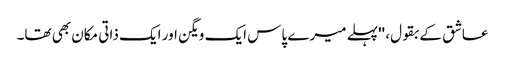
عاشق کے بقول، ''پہلے میرے پاس ایک ویگن اور ایک ذاتی مکان بھی تھا۔